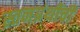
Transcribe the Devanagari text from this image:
स्तनग्रंथींची